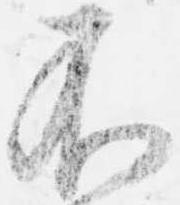
不